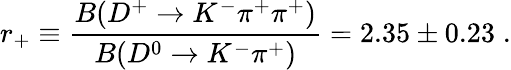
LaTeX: r_{+}\equiv\frac{B(D^{+}\rightarrow K^{-}\pi^{+}\pi^{+})}{B(D^{0}\rightarrow K^{-}\pi^{+})}=2.35\pm 0.23\; .